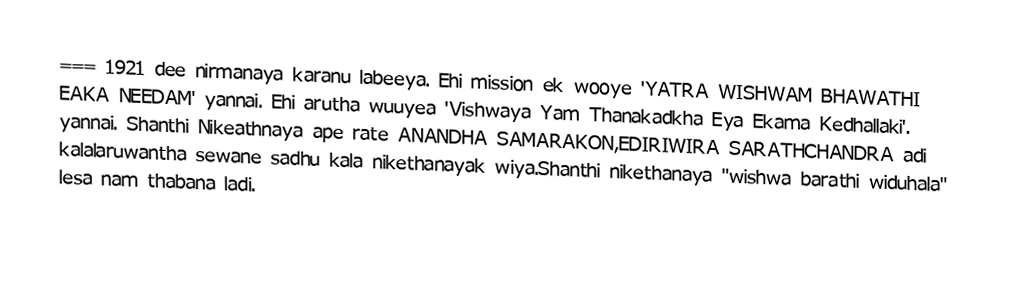
=== 1921 dee nirmanaya karanu labeeya. Ehi mission ek wooye 'YATRA WISHWAM BHAWATHI EAKA NEEDAM' yannai. Ehi arutha wuuyea 'Vishwaya Yam Thanakadkha Eya Ekama Kedhallaki'. yannai. Shanthi Nikeathnaya ape rate ANANDHA SAMARAKON,EDIRIWIRA SARATHCHANDRA adi kalalaruwantha sewane sadhu kala nikethanayak wiya.Shanthi nikethanaya "wishwa barathi widuhala" lesa nam thabana ladi.